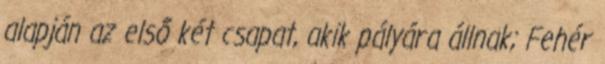
alapján az első két csapat, akik pályára állnak; Fehér